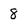
Character: 8